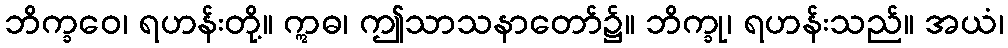
ဘိက္ခဝေ၊ ရဟန်းတို့။ ဣဓ၊ ဤသာသနာတော်၌။ ဘိက္ခု၊ ရဟန်းသည်။ အယံ၊